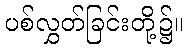
ပစ်လွှတ်ခြင်းတို့၌။